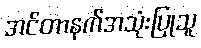
အင်တာနက်အသုံးပြုသူ